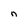
Character: n